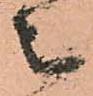
被